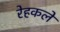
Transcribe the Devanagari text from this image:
रेहकले